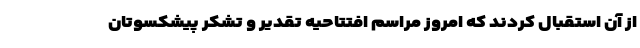
از آن استقبال کردند که امروز مراسم افتتاحیه تقدیر و تشکر پیشکسوتان